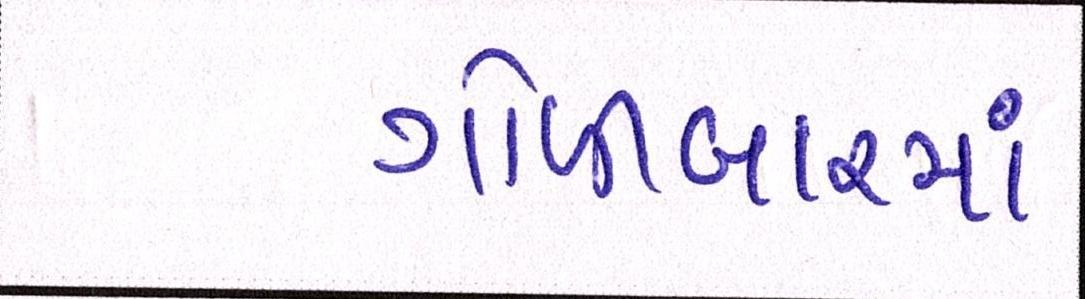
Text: ગોળીબારમાં